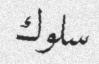
سلوك